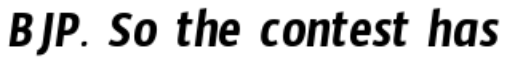
BJP. So the contest has